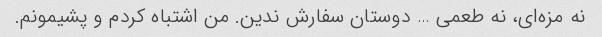
نه مزه‌ای، نه طعمی … دوستان سفارش ندین. من اشتباه کردم و پشیمونم.